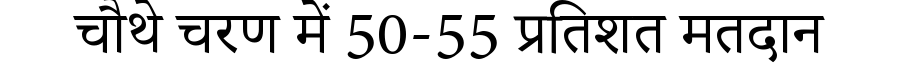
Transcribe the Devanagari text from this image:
चौथे चरण में 50-55 प्रतिशत मतदान